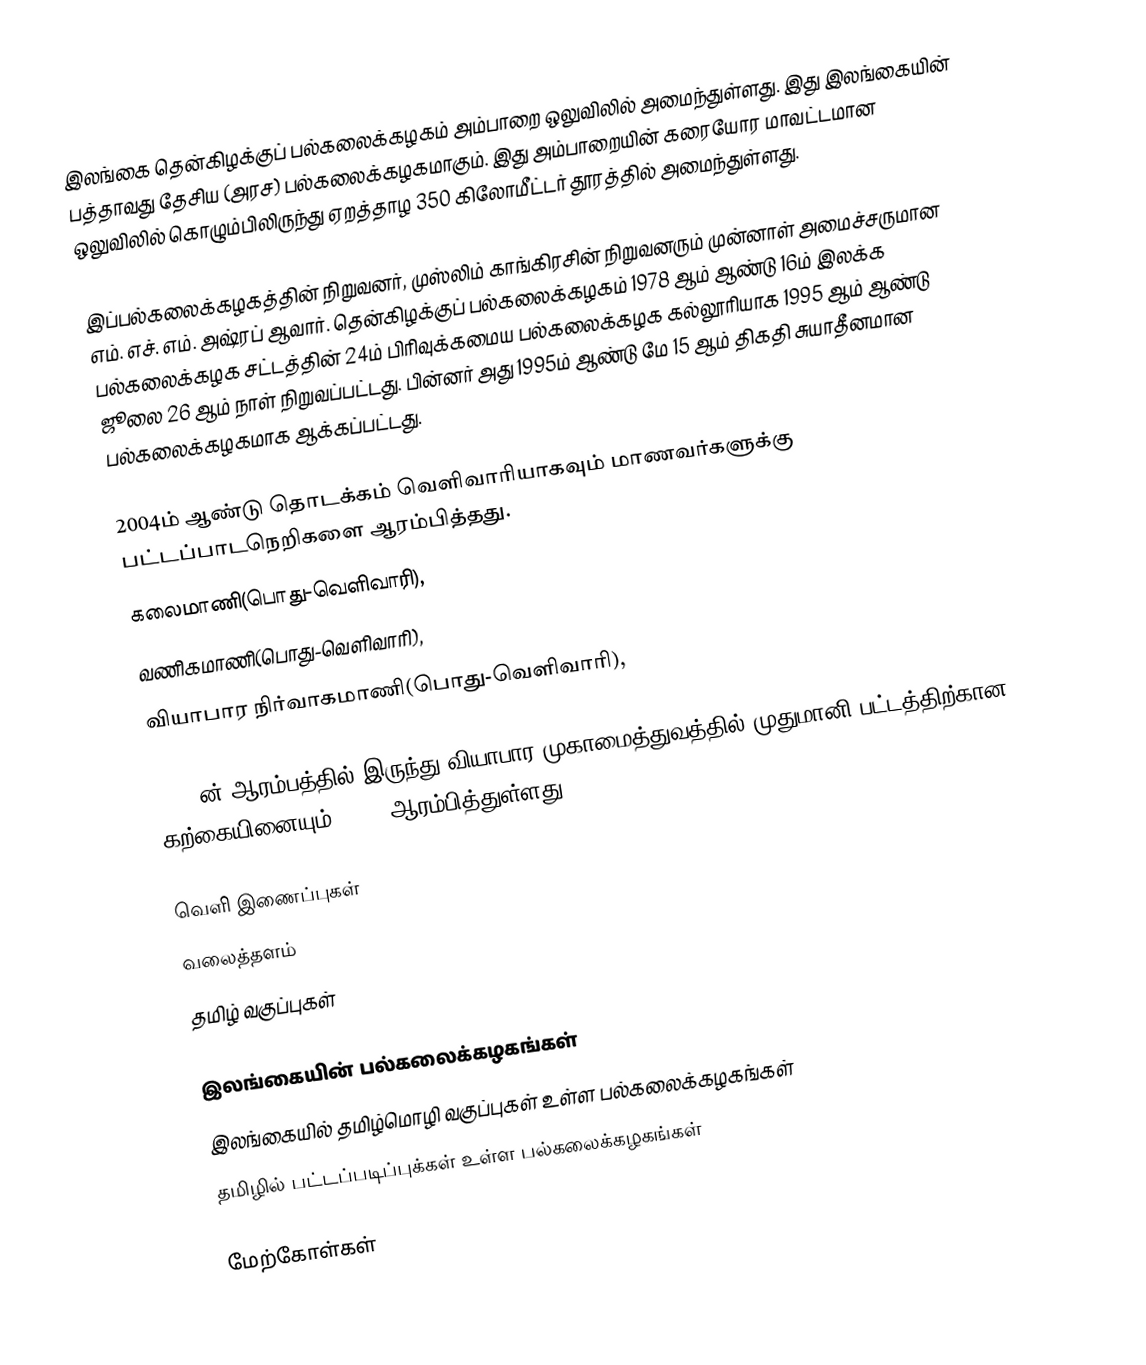
இலங்கை தென்கிழக்குப் பல்கலைக்கழகம் அம்பாறை ஒலுவிலில் அமைந்துள்ளது. இது இலங்கையின் பத்தாவது தேசிய (அரச) பல்கலைக்கழகமாகும். இது அம்பாறையின் கரையோர மாவட்டமான ஒலுவிலில் கொழும்பிலிருந்து ஏறத்தாழ 350 கிலோமீட்டர் தூரத்தில் அமைந்துள்ளது.

இப்பல்கலைக்கழகத்தின் நிறுவனர், முஸ்லிம் காங்கிரசின் நிறுவனரும் முன்னாள் அமைச்சருமான எம். எச். எம். அஷ்ரப் ஆவார். தென்கிழக்குப் பல்கலைக்கழகம் 1978 ஆம் ஆண்டு 16ம் இலக்க பல்கலைக்கழக சட்டத்தின் 24ம் பிரிவுக்கமைய பல்கலைக்கழக கல்லூரியாக 1995 ஆம் ஆண்டு ஜூலை 26 ஆம் நாள் நிறுவப்பட்டது. பின்னர் அது 1995ம் ஆண்டு மே 15 ஆம் திகதி சுயாதீனமான பல்கலைக்கழகமாக ஆக்கப்பட்டது.

2004ம் ஆண்டு தொடக்கம் வெளிவாரியாகவும் மாணவர்களுக்கு பட்டப்பாடநெறிகளை ஆரம்பித்தது.
கலைமாணி(பொது-வெளிவாரி),
வணிகமாணி(பொது-வெளிவாரி),
வியாபார நிர்வாகமாணி(பொது-வெளிவாரி),

2011 ன் ஆரம்பத்தில் இருந்து வியாபார முகாமைத்துவத்தில் முதுமானி பட்டத்திற்கான கற்கையினையும் (MBA) ஆரம்பித்துள்ளது.

வெளி இணைப்புகள்
 வலைத்தளம்
 தமிழ் வகுப்புகள்

இலங்கையின் பல்கலைக்கழகங்கள்
இலங்கையில் தமிழ்மொழி வகுப்புகள் உள்ள பல்கலைக்கழகங்கள்
தமிழில் பட்டப்படிப்புக்கள் உள்ள பல்கலைக்கழகங்கள்

மேற்கோள்கள்